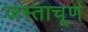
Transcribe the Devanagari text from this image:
जस्ताचूर्ण